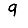
Digit: 9